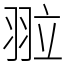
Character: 翋